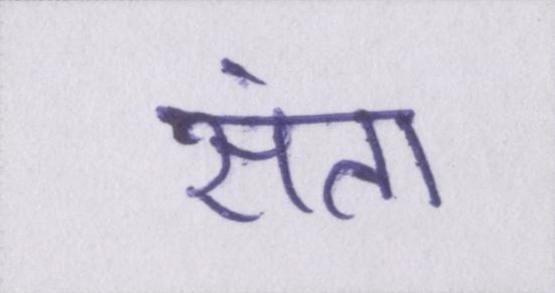
संता